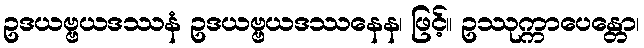
ဥဒယဗ္ဗယဒဿနံ ဥဒယဗ္ဗယဒဿနေန၊ ဖြင့်။ ဥဿုက္ကာပေန္တော၊